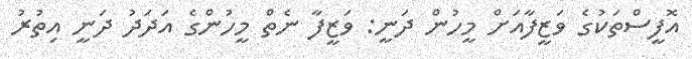
އޮފީސްތަކުގެ ވަޒީފާއަށް މީހުން ދަނީ: ވަޒީފާ ނެތް މީހުންގެ އަދަދު ދަނީ އިތުރު